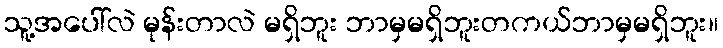
သူ့အပေါ်လဲ မုန်းတာလဲ မရှိဘူး ဘာမှမရှိဘူးတကယ်ဘာမှမရှိဘူး။